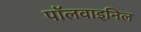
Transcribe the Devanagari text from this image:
पॉलवाइनिल